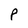
Character: P